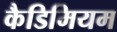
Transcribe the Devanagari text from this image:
कैडिमियम